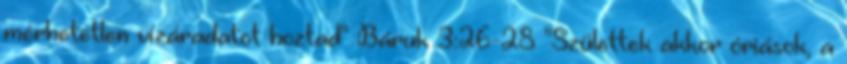
mérhetetlen vízáradatot hoztad" Báruk 3:26-28 "Születtek akkor óriások, a